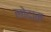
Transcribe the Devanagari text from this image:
लोदाम